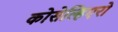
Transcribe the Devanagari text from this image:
कोसेल्हिएरो